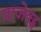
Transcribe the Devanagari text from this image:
प्राजेक्ट्स